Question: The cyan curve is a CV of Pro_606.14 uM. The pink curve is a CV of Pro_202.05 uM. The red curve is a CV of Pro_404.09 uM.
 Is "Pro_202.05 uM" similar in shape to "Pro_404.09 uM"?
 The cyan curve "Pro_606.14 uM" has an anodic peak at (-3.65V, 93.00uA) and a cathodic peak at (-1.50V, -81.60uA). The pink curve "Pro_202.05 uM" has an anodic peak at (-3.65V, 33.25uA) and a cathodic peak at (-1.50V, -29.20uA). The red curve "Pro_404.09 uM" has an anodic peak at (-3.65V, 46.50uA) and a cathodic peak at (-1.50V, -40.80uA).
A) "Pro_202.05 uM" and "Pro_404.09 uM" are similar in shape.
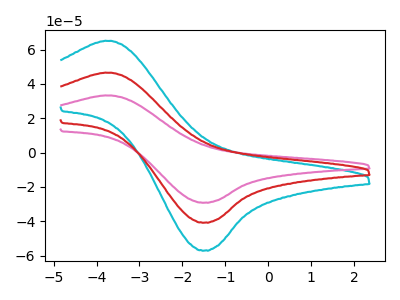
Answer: <think>All the peaks in "Pro_202.05 uM" have a peak in "Pro_404.09 uM" at the same potential. Every peak in "Pro_202.05 uM" is lower than every peak in "Pro_404.09 uM".
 </think>
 <answer>A) "Pro_202.05 uM" and "Pro_404.09 uM" are similar in shape.</answer>
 <eval>A</eval>